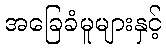
အခြေခံမူများနှင့်